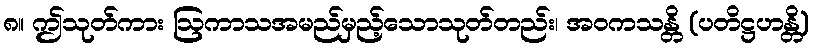
၈။ ဤသုတ်ကား ဩကာသအမည်မှည့်သောသုတ်တည်း၊ အဝကသန္တိ (ပတိဋ္ဌဟန္တိ)